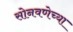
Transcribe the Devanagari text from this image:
सोनवणेच्या